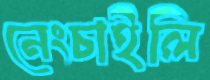
নেংচাইলি